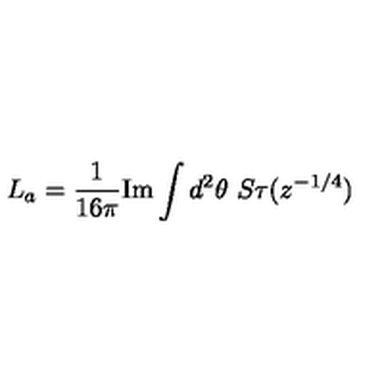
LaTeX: L _ { a } = \frac { 1 } { 1 6 \pi } \mathrm { I m } \int d ^ { 2 } \theta \ S \tau ( z ^ { - 1 / 4 } )